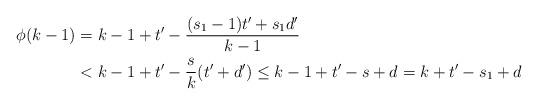
LaTeX: \begin{align*}\phi(k-1)&=k-1+t'-\frac{(s_1-1)t'+s_1d'}{k-1}\\&< k-1+t'-\frac{s}{k}(t'+d')\le k-1+t'-s+d=k+t'-s_1+d\end{align*}